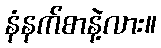
နံနက်စာနဲ့လား။